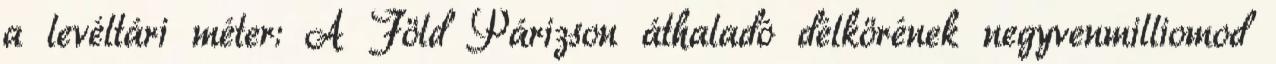
a levéltári méter: A Föld Párizson áthaladó délkörének negyvenmilliomod